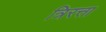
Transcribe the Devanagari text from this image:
त्रिरत्ता